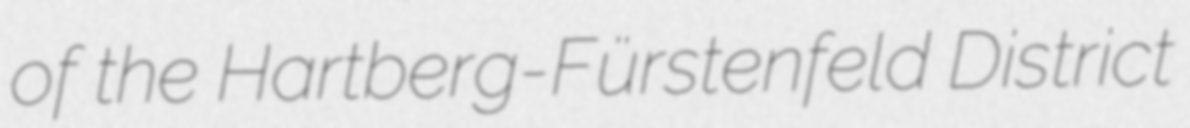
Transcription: of the Hartberg-Fürstenfeld District